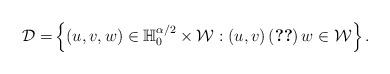
LaTeX: \begin{align*}\mathcal{D=}\left\{ \left( u,v,w\right) \in\mathbb{H}_{0}^{\alpha/2}\times\mathcal{W}:\left( u,v\right) \left(\ref{1.1}\right) w\in\mathcal{W}\right\} .\end{align*}